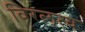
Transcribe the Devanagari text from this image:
विरलत्व